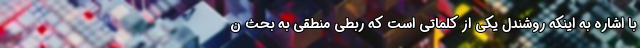
با اشاره به اینکه روشندل یکی از کلماتی است که ربطی منطقی به بحث ن